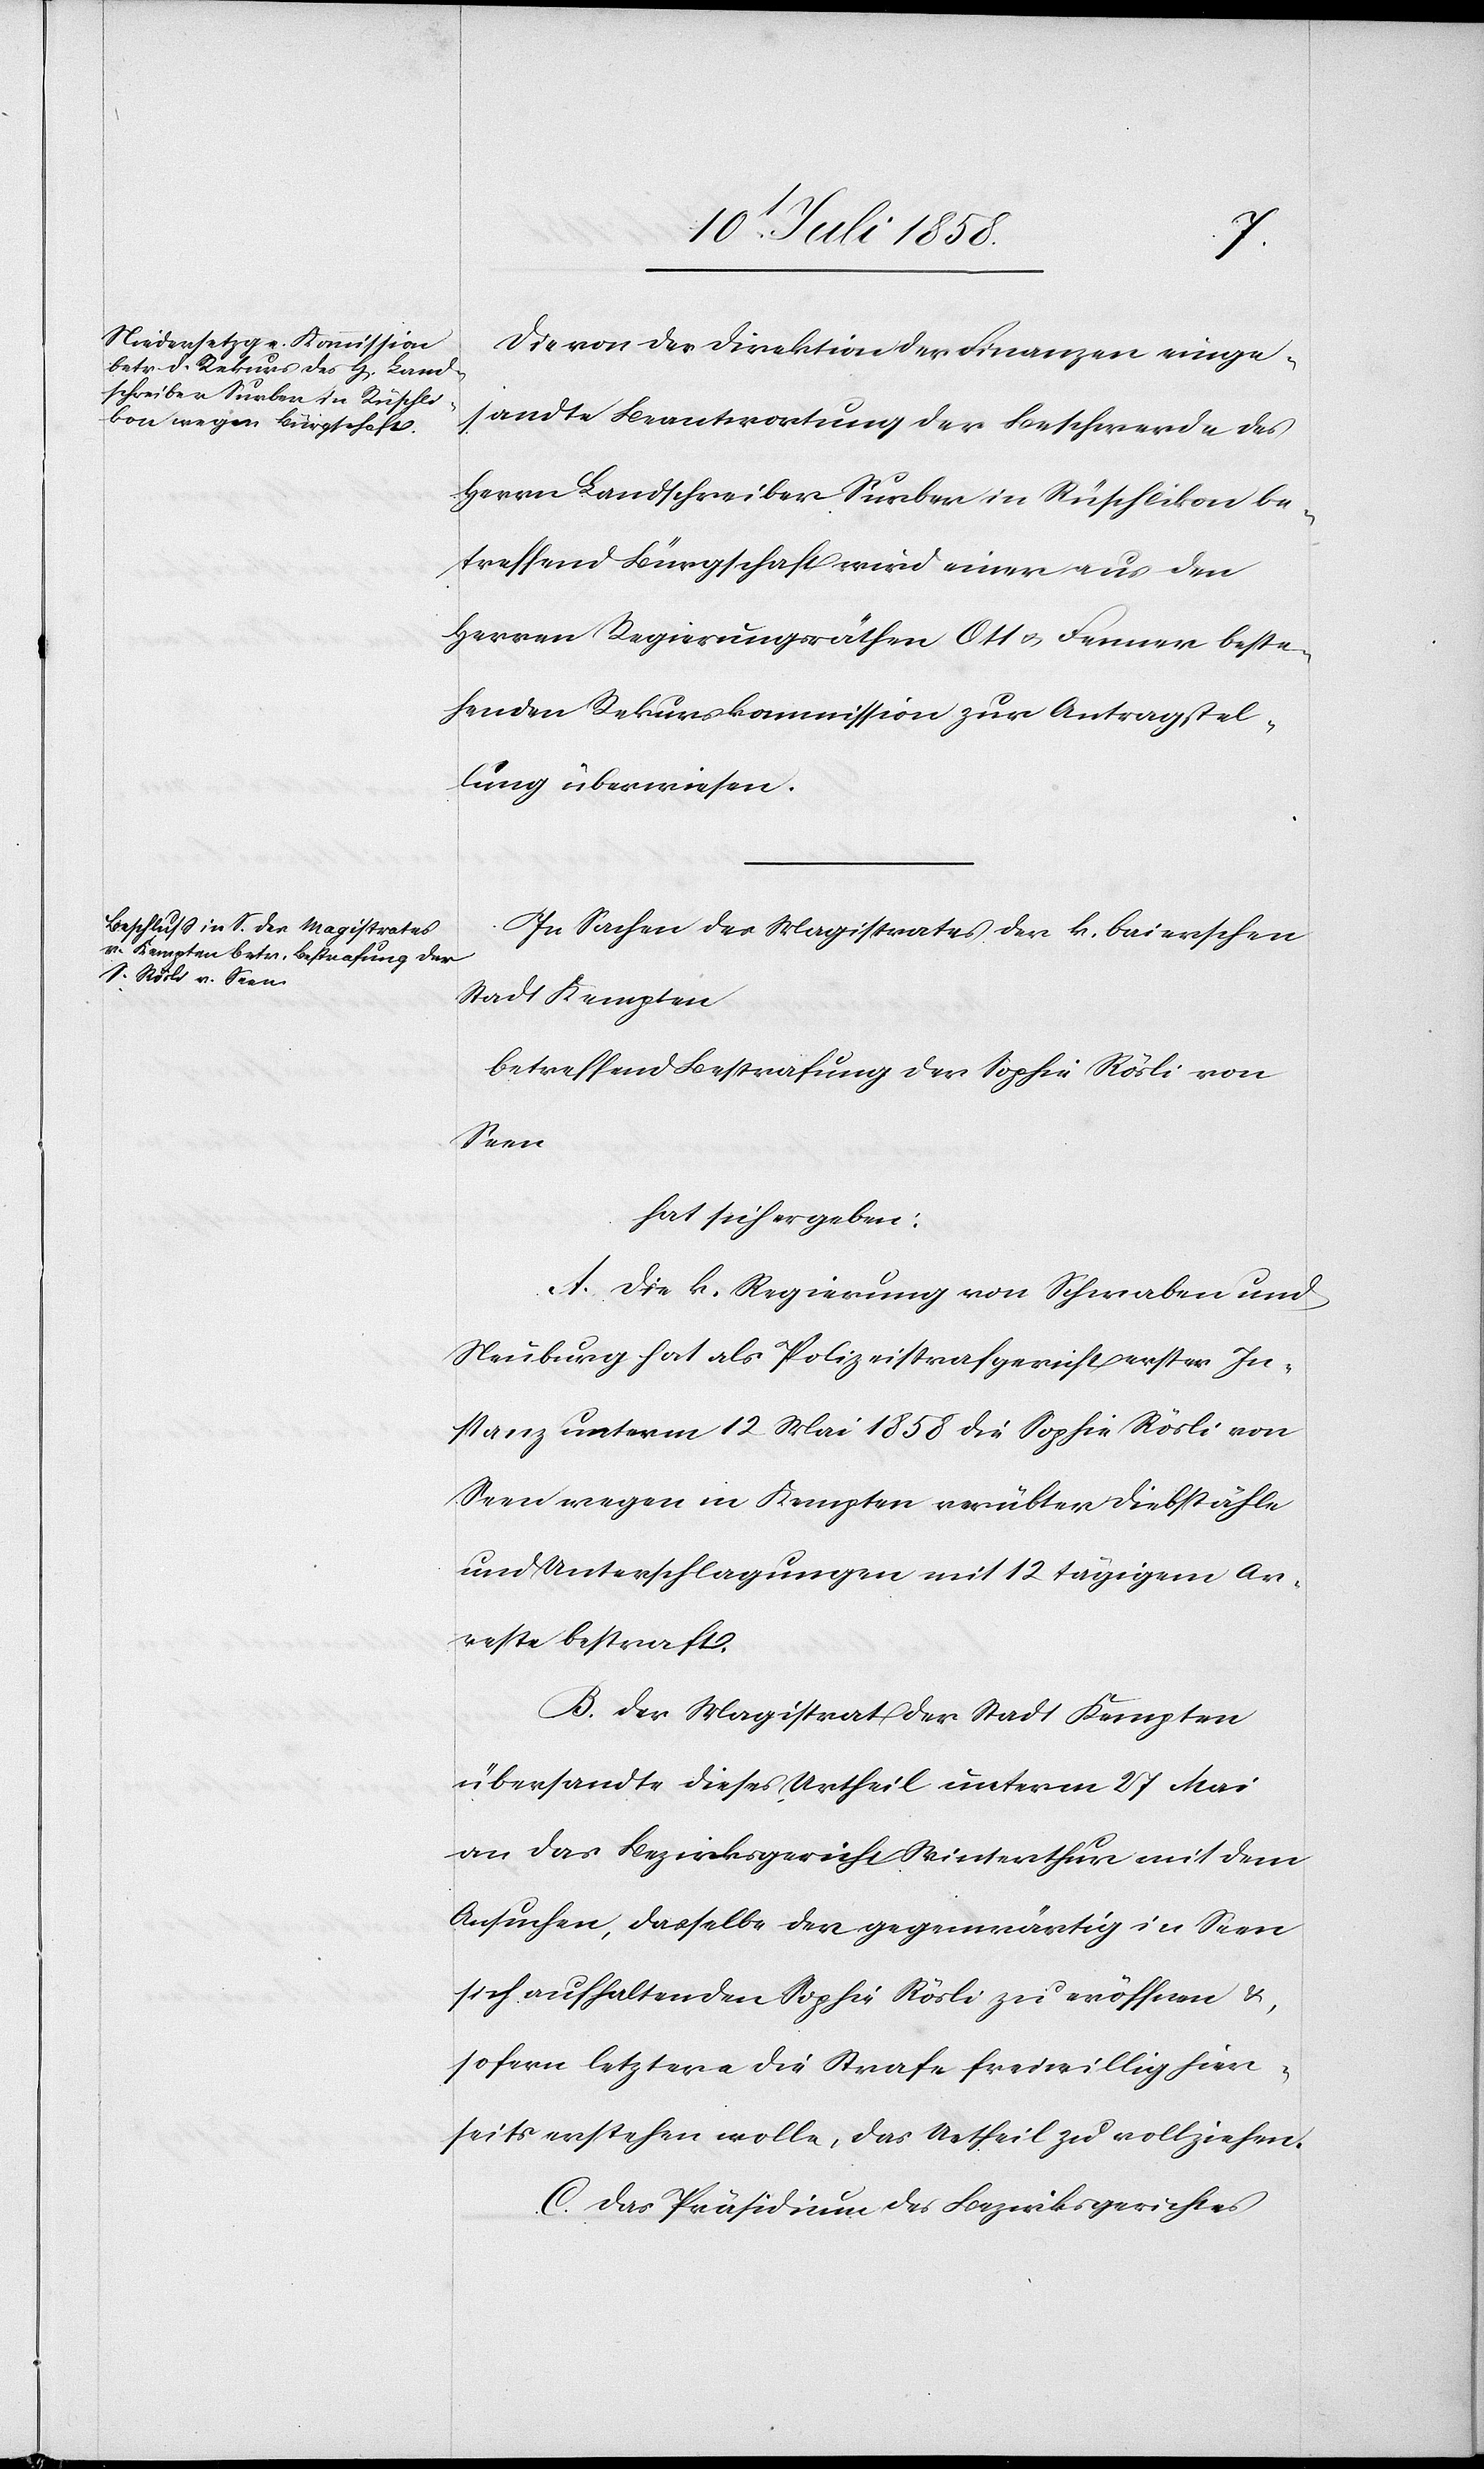
Die von der Direktion der Finanzen einge¬
sandte Beantwortung der Beschwerde des
Herrn Landschreiber Surber in Rüschlikon be¬
treffend Bürgschaft wird einer aus den
Herren Regierungsräthen Ott & Fenner beste¬
henden Rekurskommission zur Antragstel¬
lung überwiesen.
In Sachen des Magistrates der k. baierschen
Stadt Kempten
betreffend Bestrafung der Sophie Rösli von
Seen
hat sich ergeben:
A. Die k. Regierung von Schwaben und
Neuburg hat als Polizeistrafgericht erster In¬
stanz unterm 12. Mai 1858 die Sophie Rösli von
Seen wegen in Kempten verübter Diebstähle
und Unterschlagungen mit 12 tägigem Ar¬
reste bestraft.
B. Der Magistrat der Stadt Kempten
übersandte dieses Urtheil unterm 27 Mai
an das Bezirksgericht Winterthur mit dem
Ansuchen, dasselbe der gegenwärtig in Seen
sich aufhaltenden Sophie Rösli zu eröffnen &,
sofern letztere die Strafe freiwillig hier¬
seits erstehen wolle, das Urtheil zu vollziehen.
C. Das Präsidium des Bezirksgerichtes